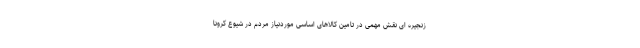
زنجیره ای نقش مهمی در تامین کالاهای اساسی موردنیاز مردم در شیوع کرونا